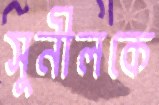
সুনীলকে